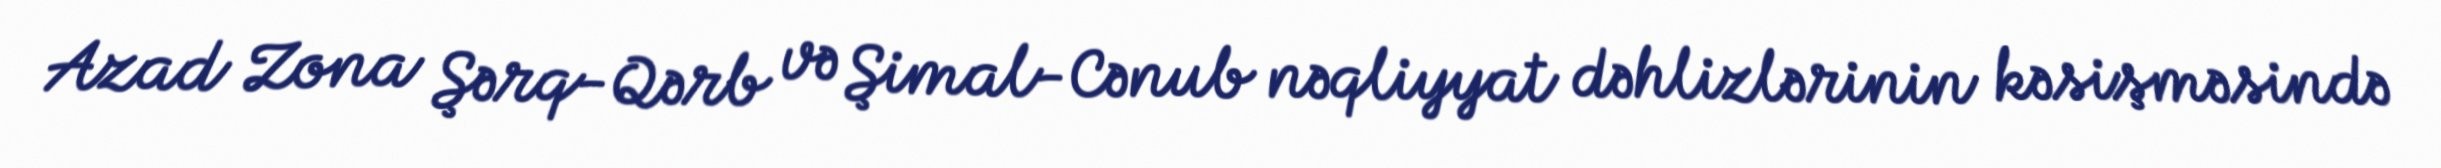
Azad Zona Şərq-Qərb və Şimal-Cənub nəqliyyat dəhlizlərinin kəsişməsində